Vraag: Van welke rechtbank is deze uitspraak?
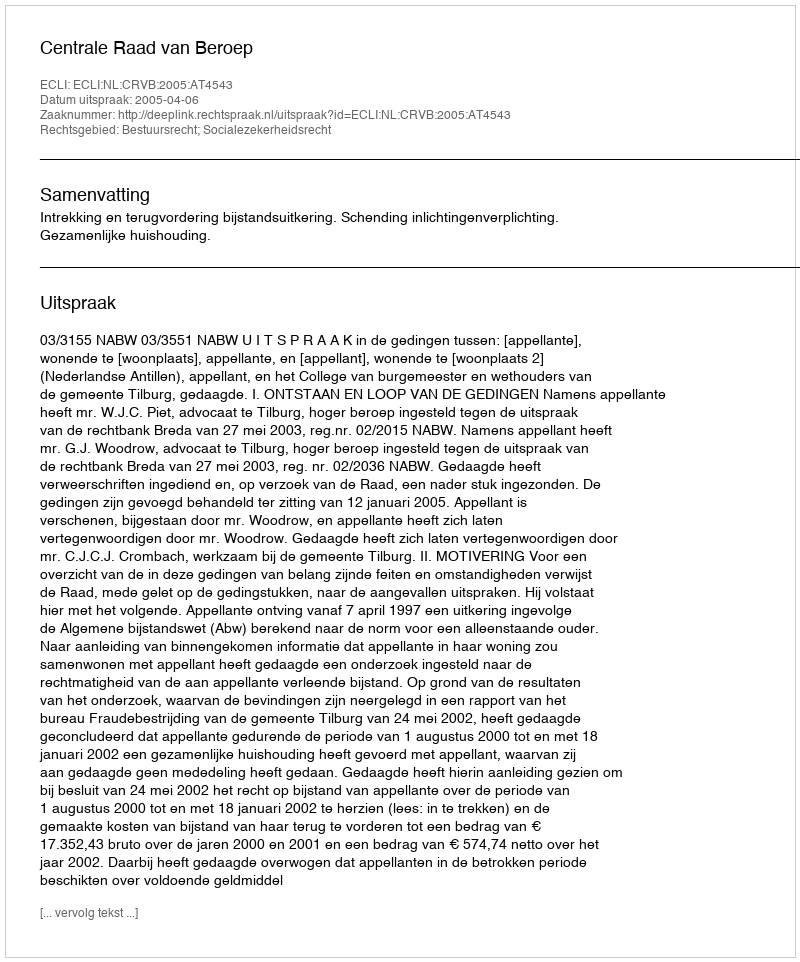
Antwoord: Centrale Raad van Beroep